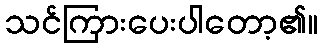
သင်ကြားပေးပါတော့၏။